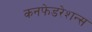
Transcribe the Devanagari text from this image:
कनफेडरेशन्स